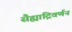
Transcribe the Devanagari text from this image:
सैह्याद्रिवर्णन